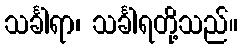
သင်္ခါရာ၊ သင်္ခါရတို့သည်။